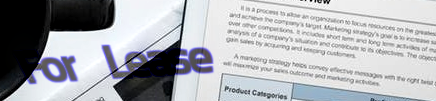
For Lease